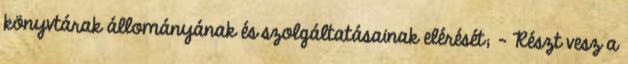
könyvtárak állományának és szolgáltatásainak elérését; - Részt vesz a